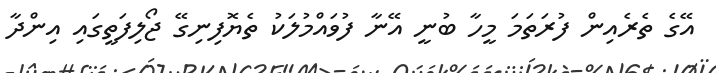
އޭގެ ތެރެއިން ފުރަތަމަ މީހާ ބުނީ އޭނާ ފުވައްމުލަކު ތެޔޮފިނިގޭ ޖޯލިފަތީގައި އިންދާ